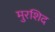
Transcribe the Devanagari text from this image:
मुरशिद